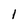
Character: 1